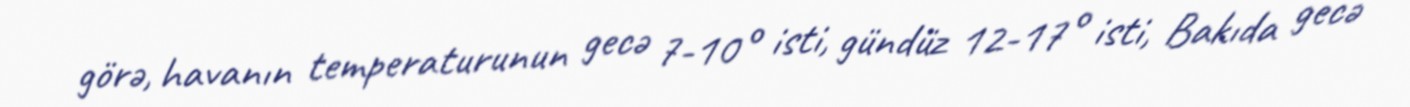
görə, havanın temperaturunun gecə 7-10° isti, gündüz 12-17° isti, Bakıda gecə